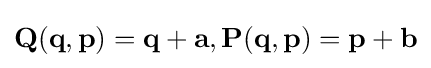
\mathbf {Q} (\mathbf {q} ,\mathbf {p} )=\mathbf {q} +\mathbf {a} ,\mathbf {P} (\mathbf {q} ,\mathbf {p} )=\mathbf {p} +\mathbf {b}